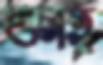
শুনহ